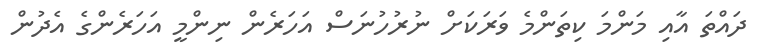
ދައްތަ އާއި މަންމަ ކިތަންމެ ވަރަކަށް ނުރުހުނަސް އަހަރެން ނިންމީ އަހަރެންގެ އެދުން